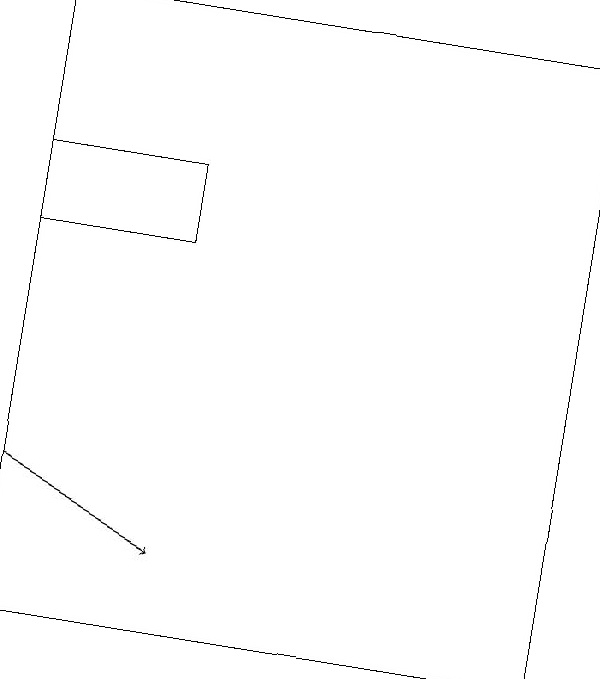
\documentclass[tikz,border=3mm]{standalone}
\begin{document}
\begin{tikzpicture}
\draw[->] (0,13) -- (2,12);
\draw (0,19) rectangle (7,11);
\draw (0,17) rectangle (2,16);
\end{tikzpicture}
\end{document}